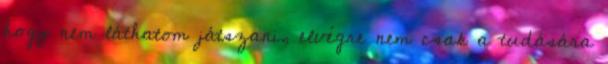
hogy nem láthatom játszani, elvégre nem csak a tudására